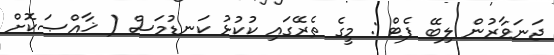
ޖަނަވާރުން ލިބޭ ފެޓް : މީގެ ތެރޭގައި ކުކުޅު ކަނޑުމަސް ( ޚާއްޞަކޮށް